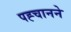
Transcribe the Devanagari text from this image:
पह्चानने